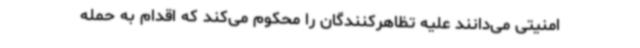
امنیتی می‌دانند علیه تظاهرکنندگان را محکوم می‌کند که اقدام به حمله